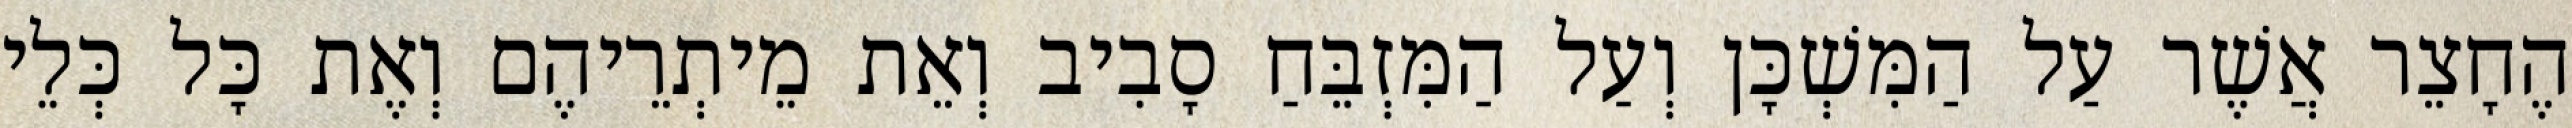
הֶחָצֵר אֲשֶׁר עַל הַמִּשְׁכָּן וְעַל הַמִּזְבֵּחַ סָבִיב וְאֵת מֵיתְרֵיהֶם וְאֶת כָּל כְּלֵי